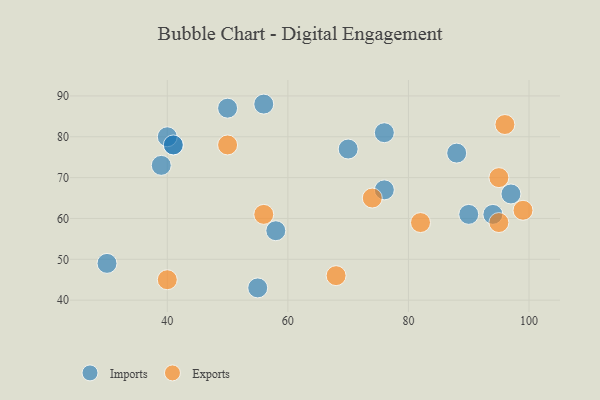
{"axis": {"x": "GDP", "y": "Life Expectancy"}, "legend": ["Exports", "Imports"], "data": [{"x": "94", "y": 61, "type": "Imports"}, {"x": "41", "y": 78, "type": "Imports"}, {"x": "90", "y": 61, "type": "Imports"}, {"x": "76", "y": 81, "type": "Imports"}, {"x": "55", "y": 43, "type": "Imports"}, {"x": "58", "y": 57, "type": "Imports"}, {"x": "40", "y": 80, "type": "Imports"}, {"x": "76", "y": 67, "type": "Imports"}, {"x": "39", "y": 73, "type": "Imports"}, {"x": "41", "y": 78, "type": "Imports"}, {"x": "50", "y": 87, "type": "Imports"}, {"x": "97", "y": 66, "type": "Imports"}, {"x": "88", "y": 76, "type": "Imports"}, {"x": "56", "y": 88, "type": "Imports"}, {"x": "30", "y": 49, "type": "Imports"}, {"x": "70", "y": 77, "type": "Imports"}, {"x": "95", "y": 59, "type": "Exports"}, {"x": "99", "y": 62, "type": "Exports"}, {"x": "50", "y": 78, "type": "Exports"}, {"x": "95", "y": 70, "type": "Exports"}, {"x": "96", "y": 83, "type": "Exports"}, {"x": "40", "y": 45, "type": "Exports"}, {"x": "74", "y": 65, "type": "Exports"}, {"x": "68", "y": 46, "type": "Exports"}, {"x": "82", "y": 59, "type": "Exports"}, {"x": "56", "y": 61, "type": "Exports"}]}